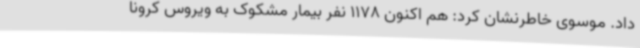
داد. موسوی خاطرنشان کرد: هم اکنون 1178 نفر بیمار مشکوک به ویروس کرونا